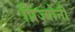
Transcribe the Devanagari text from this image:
प्रिज्योनी